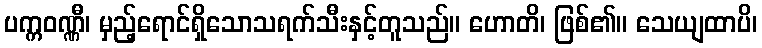
ပက္ကဝဏ္ဏီ၊ မှည့်ရောင်ရှိသောသရက်သီးနှင့်တူသည်။ ဟောတိ၊ ဖြစ်၏။ သေယျထာပိ၊